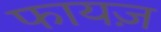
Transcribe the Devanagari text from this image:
फायज़